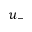
u _ { - }